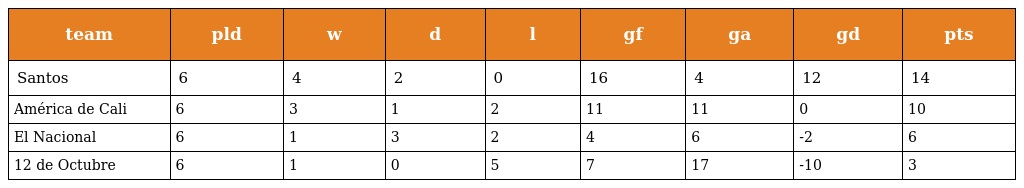
| team | pld | w | d | l | gf | ga | gd | pts |
 | --- | --- | --- | --- | --- | --- | --- | --- | --- |
 | Santos | 6 | 4 | 2 | 0 | 16 | 4 | 12 | 14 |
 | América de Cali | 6 | 3 | 1 | 2 | 11 | 11 | 0 | 10 |
 | El Nacional | 6 | 1 | 3 | 2 | 4 | 6 | -2 | 6 |
 | 12 de Octubre | 6 | 1 | 0 | 5 | 7 | 17 | -10 | 3 |